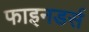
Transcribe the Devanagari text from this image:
फाइनडर्स